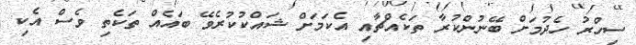
ސިހްރު ހެދުމަށް ބޭނުންކުރާ ތަކެއްޗާއި އެކަމަށް ޝައްކުކުރެވޭ ބައެއް ތަކެތި ވެސް އެކި